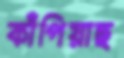
কাঁপিয়াছ